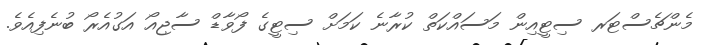
މެންޗެސްޓަރ ސިޓީއިން މަސައްކަތް ކުރާނެ ކަމަށް ސިޓީގެ ފޯވާޑް ސާޖިއޯ އަގުއެރޯ ބުނެފިއެވެ.